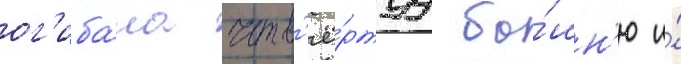
ог'иба́ла четв'ё́ртуу ба́шн'ю и́